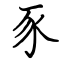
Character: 豕